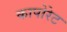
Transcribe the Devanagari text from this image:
कापोरेट